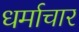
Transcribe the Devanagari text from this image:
धर्माचार